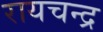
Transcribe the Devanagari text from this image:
रायचन्द्र